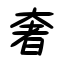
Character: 奢